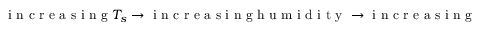
\mathrm { ~ i ~ n ~ c ~ r ~ e ~ a ~ s ~ i ~ n ~ g ~ } T _ { s } \rightarrow \mathrm { ~ i ~ n ~ c ~ r ~ e ~ a ~ s ~ i ~ n ~ g ~ h ~ u ~ m ~ i ~ d ~ i ~ t ~ y ~ } \rightarrow \mathrm { ~ i ~ n ~ c ~ r ~ e ~ a ~ s ~ i ~ n ~ g ~ C ~ A ~ P ~ E ~ } \rightarrow \mathrm { ~ i ~ n ~ c ~ r ~ e ~ a ~ s ~ i ~ n ~ g ~ c ~ o ~ n ~ v ~ e ~ c ~ t ~ i ~ v ~ e ~ v ~ i ~ g ~ o ~ r ~ } .